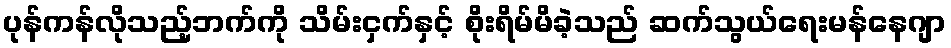
ပုန်ကန်လိုသည့်ဘက်ကို သိမ်းငှက်နှင့် စိုးရိမ်မိခဲ့သည် ဆက်သွယ်ရေးမန်နေဂျာ